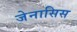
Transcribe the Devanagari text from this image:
जेनासिस